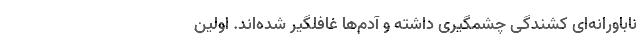
ناباورانه‌ای کشندگی چشمگیری داشته و آدم‌ها غافلگیر شده‌اند. اولین